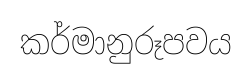
කර්මානුරූපවය